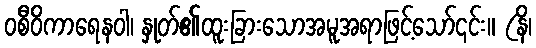
ဝစီဝိကာရေနဝါ၊ နှုတ်၏ထူးခြားသောအမူအရာဖြင့်သော်၎င်း။ (နိ၊